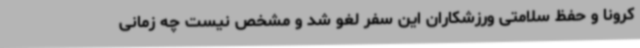
کرونا و حفظ سلامتی ورزشکاران این سفر لغو شد و مشخص نیست چه زمانی